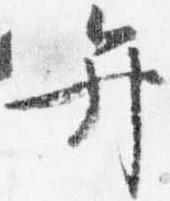
弁